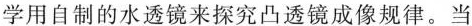
学用自制的水透镜来探究凸透镜成像规律。当